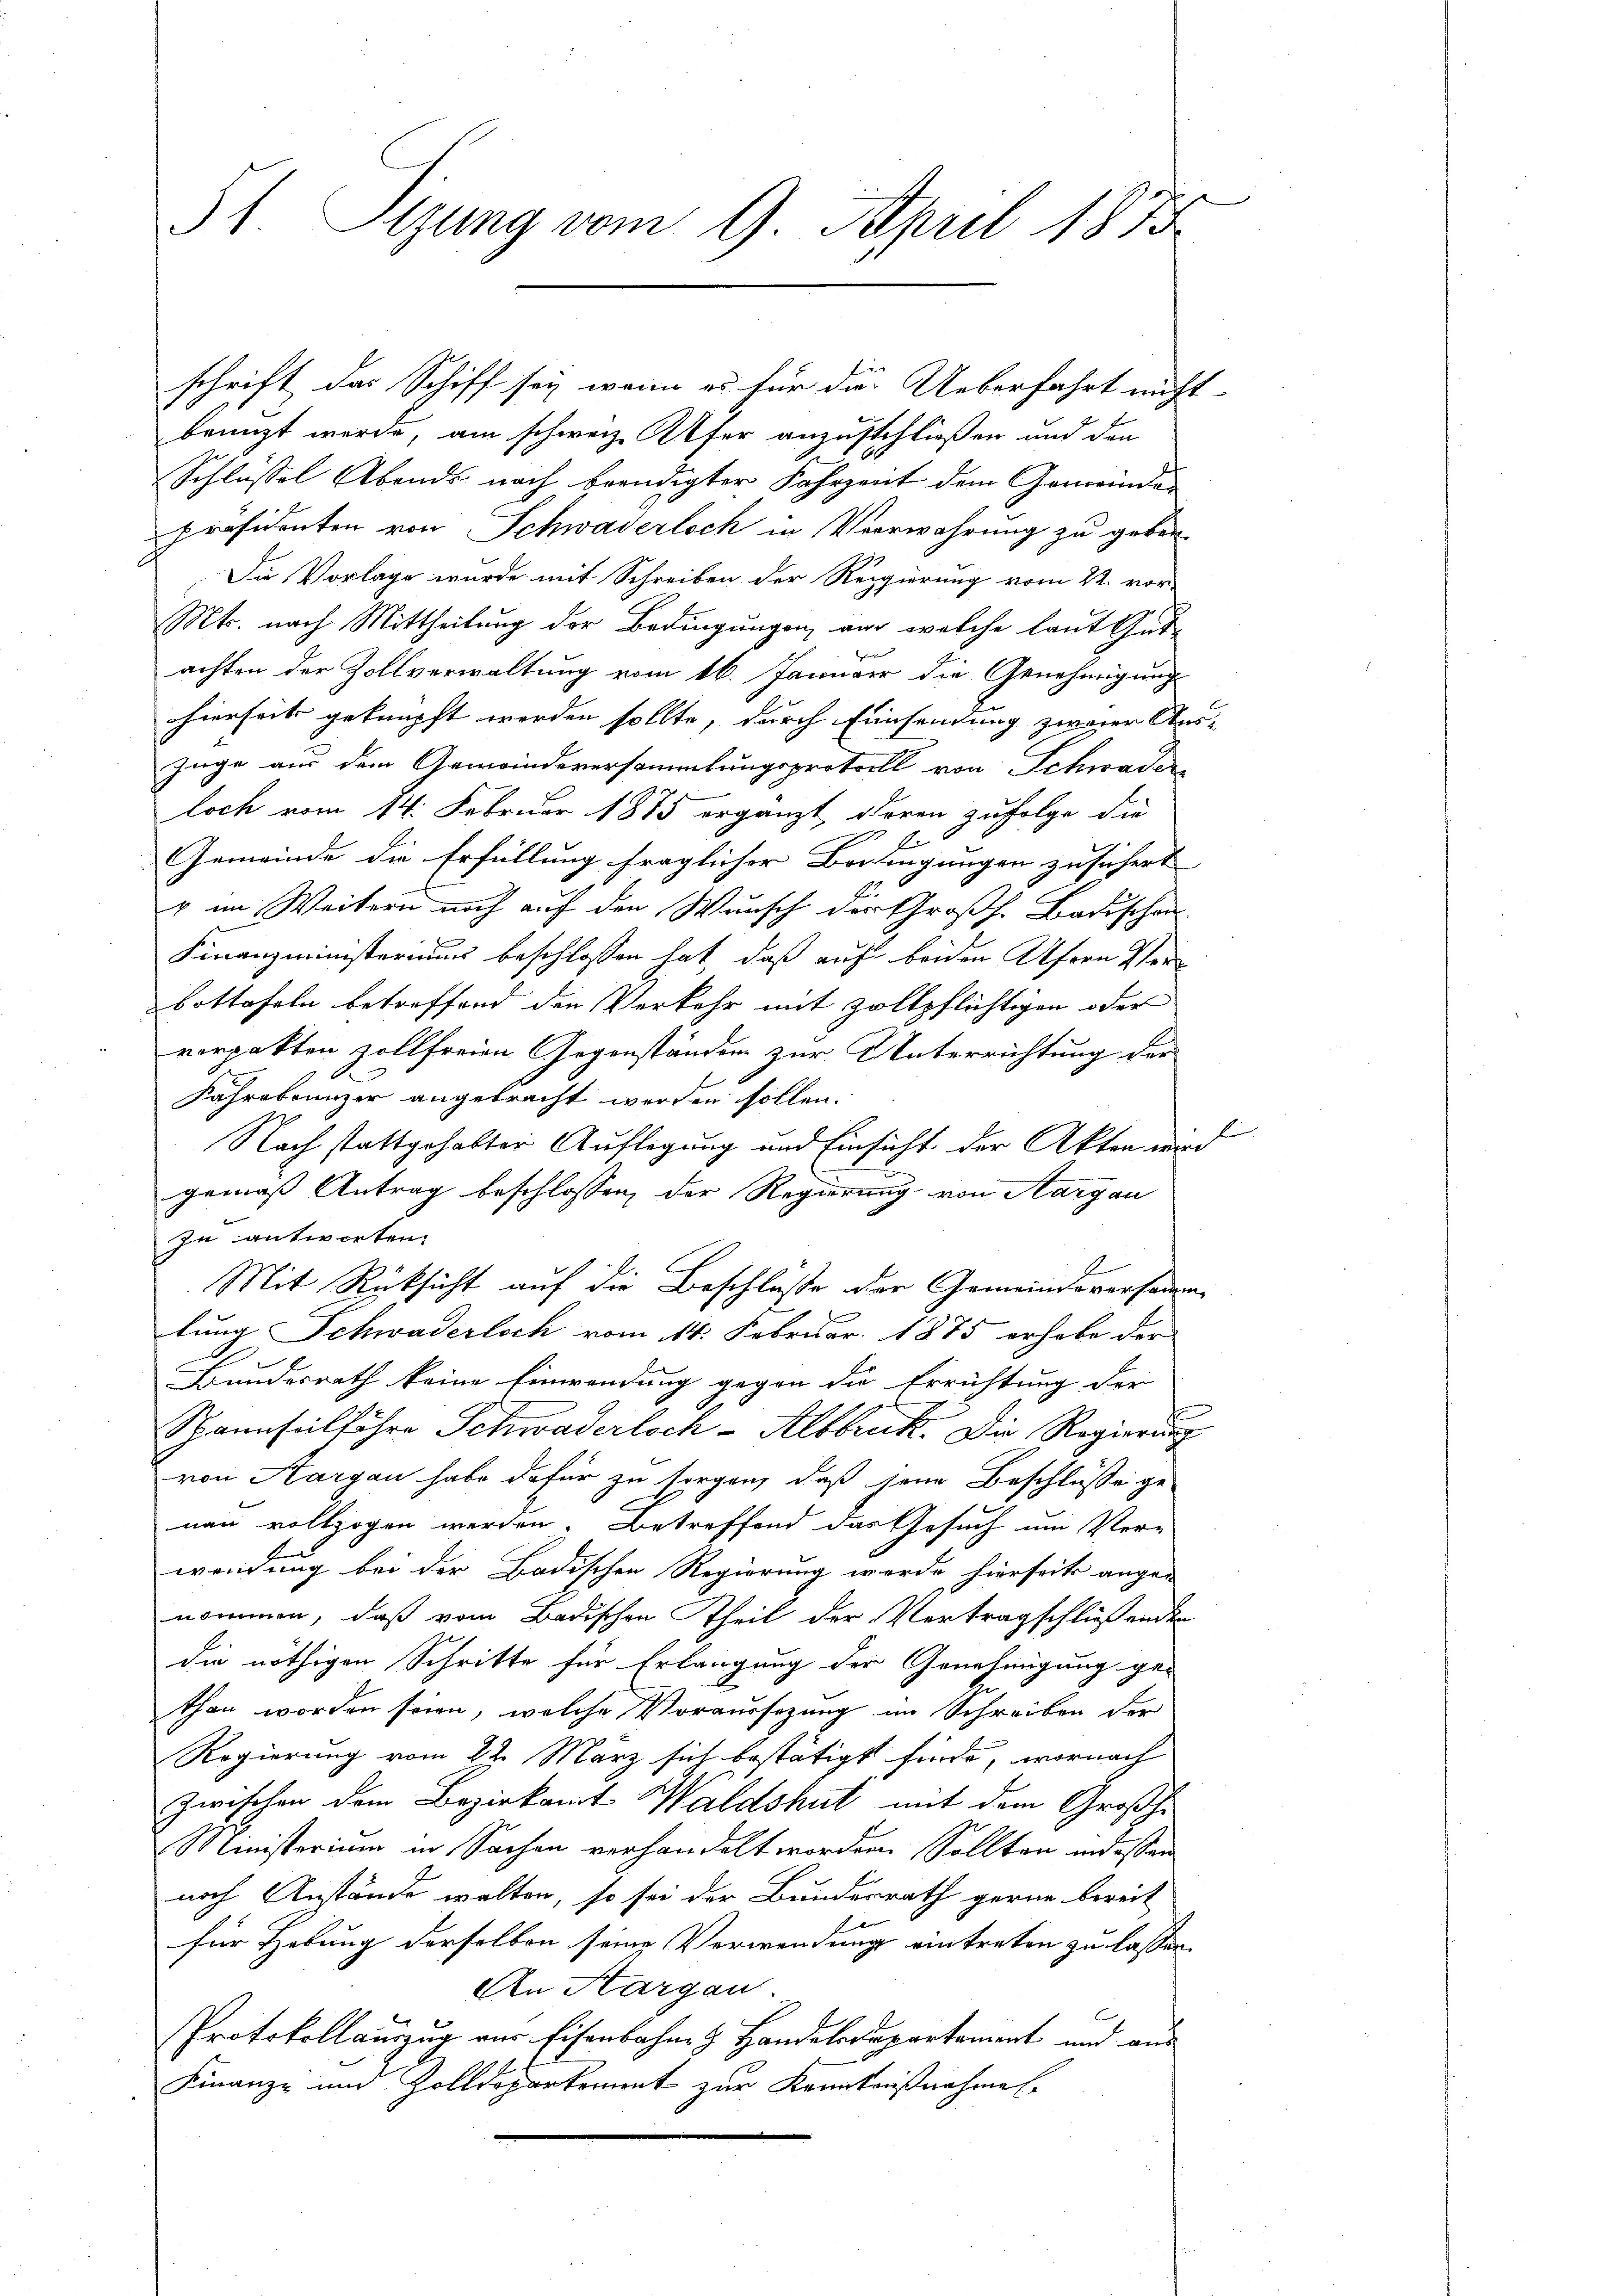
St. Sizung vom 9. April 1873.

schrift das Schiff sey, wenn es für die Ueberfahrt nicht
bringt werde, am schweiz. Ufer anzuschließen und den
Schlüssel Abends nach beendigter Fahrzeit dem Gemeinde
Präsidenten von Schwaderloch in Verwahrung zu geben.
Die Vorlage wurde mit Schreiben der Regierung vom 22. vor-
Mts. nach Mittheilung der Bedingungen, am welche laut Gut-
achten der Zollverwaltung vom 16. Januar die Genehmigung
hierseits geknüpft werden sollte, durch Einsamung zweier Aus-
Juge aus dem Gemeindeversammlungsprotocoll von Schwade
loch vom 14. Februar 1885 ergänzt, deren zufolge die
b.
Gemeinde die Erfüllung fraglicher Beringungen zusichert
u im Weitern noch auf den Wunsch der Großh. Badischen
Finanzministeriums beschlossen hat, daß auf beiden Ufern Verbottafeln betreffend die Verkehr mit zollpflichtigen oder
vorpakten zollfreien Gegenständen zur Unterrichtung der
Fahrebrunzer angebracht werden sollen.
Nach stattgehabter Auflegung und Einsicht der Akten wird
gemäß Antrag beschlossen, der Regierung von Aargau
zu antworten.
Mit Rücksicht auf die Beschlosse der Gemeindeversammen-
lung Schwaderloch vom 14. Februar 1875 erhabe der
Bundesrath keine Einwendung gegen die Errichtung der
Spannseilfahre Schwaderloch-Albbruck. Die Regierung
von Aargau habe dafür zu sorgen, daß jene Beschlüsse ge-
nau vollzogen werden. Betreffend das Gesuch um Vor-
wendung bei der Badischen Regierung werde hierseits ange-
nommen, daß vom Badischen Theil der Vertragschließenden
die nöthigen Schritte für Erlangung der Genehmigung ge-
than worden seien, welche Voraussezung im Schreiben der
Regierung vom 22. März sich bestätigt finde, wornach
zwischen dem Bezirkamt Waldshut mit dem Großhe
Ministerium in Sachen verhandelt worden. Sollten indessen
noch Anstände walten, so sei der Bundesrath gerne bereit
für Hebung derselben seine Verwendung eintreten zu lassen.
An Kargau.
Protokollauszug vor Eisenbahn- & Handelsdepartament und aus
Finanz- und Zolldeparkoment zur Kenntnißnahmen.